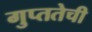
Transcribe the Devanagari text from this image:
गुप्ततेची